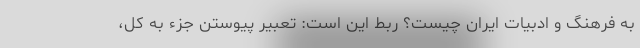
به فرهنگ و ادبیات ایران چیست؟ ربط این است: تعبیر پیوستن جزء به کل،